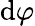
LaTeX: \mathrm{d}\varphi